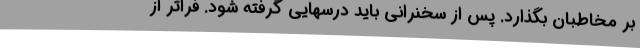
بر مخاطبان بگذارد. پس از سخنرانی باید درسهایی گرفته شود. فراتر از